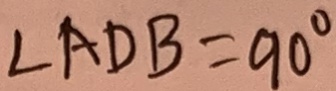
\angle A D B = 9 0 ^ { \circ }